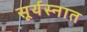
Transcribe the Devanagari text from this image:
सूर्यस्नात